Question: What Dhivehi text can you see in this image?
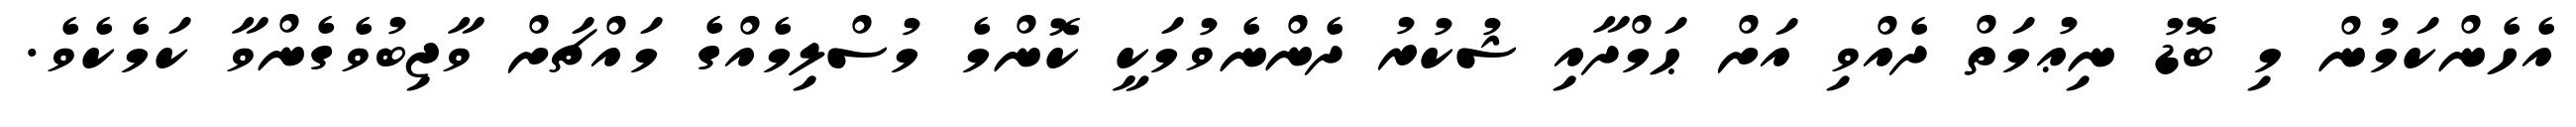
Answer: އެހެންކަމުން މި ބޮޑު ނިޢުމަތް ދެއްވި އަށް ޙަމްދާއި ޝުކުރު ދެންނެވުމަކީ ކޮންމެ މުސްލިމެއްގެ މައްޗަށް ވާޖިބުވެގެންވާ ކަމެކެވެ.